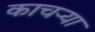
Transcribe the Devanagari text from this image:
काचऱ्या